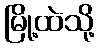
မြို့ထဲသို့